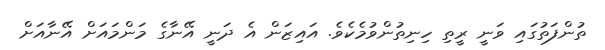
ތުންފަތުގައި ވަނީ ރީތި ހިނިތުންވުމެކެވެ. އައިޒަން އެ ދަނީ އޭނާގެ މަންމައަށް އޭނާއަށް